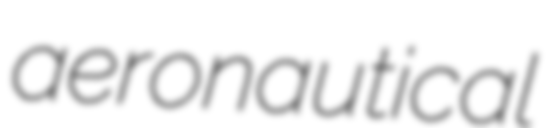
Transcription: aeronautical